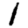
Digit: 1